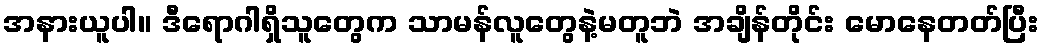
အနားယူပါ။ ဒီရောဂါရှိသူတွေက သာမန်လူတွေနဲ့မတူဘဲ အချိန်တိုင်း မောနေတတ်ပြီး